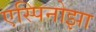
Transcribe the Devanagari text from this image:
एस्पिनोझा